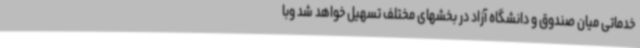
خدماتی میان صندوق و دانشگاه آزاد در بخشهای مختلف تسهیل خواهد شد وبا